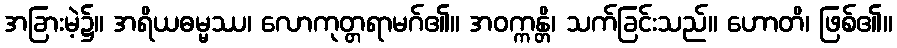
အခြားမဲ့၌။ အရိယဓမ္မဿ၊ လောကုတ္တရာမဂ်၏။ အဝက္ကန္တိ၊ သက်ခြင်းသည်။ ဟောတိ၊ ဖြစ်၏။